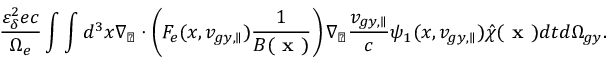
\frac { \varepsilon _ { \delta } ^ { 2 } e c } { \Omega _ { e } } \int \int d ^ { 3 } x \nabla _ { \perp } \boldsymbol { \cdot } \left( F _ { e } ( x , v _ { g y , \parallel } ) \frac { 1 } { B ( \textbf { x } ) } \right) \nabla _ { \perp } \frac { v _ { g y , \parallel } } { c } \psi _ { 1 } ( x , v _ { g y , \parallel } ) \hat { \chi } ( \textbf { x } ) d t d \Omega _ { g y } .